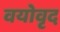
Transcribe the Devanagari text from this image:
वयोवृद